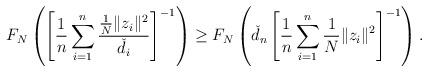
LaTeX: \begin{align*}F_N\left( \left[ \frac1n\sum_{i=1}^{n}\frac{\frac1N\Vert z_i\Vert^2}{\check{d}_i} \right]^{-1} \right) &\geq F_N\left( \check{d}_n \left[ \frac1n\sum_{i=1}^{n}\frac1N\Vert z_i\Vert^2 \right]^{-1} \right).\end{align*}